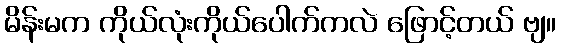
မိန်းမက ကိုယ်လုံးကိုယ်ပေါက်ကလဲ ဖြောင့်တယ် ဗျ။